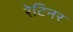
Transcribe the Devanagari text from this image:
रेटिनर